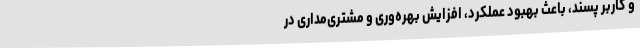
و کاربر پسند، باعث بهبود عملکرد، افزایش بهره‌وری و مشتری‌مداری در